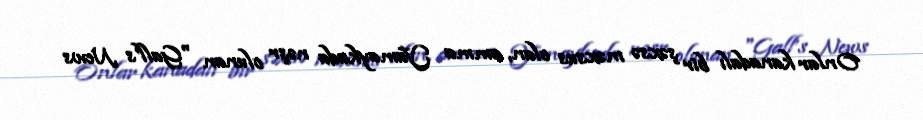
Onlar kanadalı bir şəxsə məxsus olan, amma Yamaykada nəşr olunan "Gall’s News